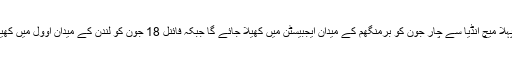
پاکستان کا پہلا میچ انڈیا سے چار جون کو برمنگھم کے میدان ایجبیسٹن میں کھیلا جائے گا جبکہ فائنل 18 جون کو لندن کے میدان اوول میں کھیلا جائے گا۔